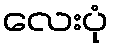
လေးပုံ